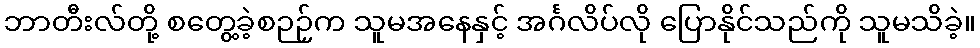
ဘာတီးလ်တို့ စတွေ့ခဲ့စဉဉ်က သူမအနေနှင့် အင်္ဂလိပ်လို ပြောနိုင်သည်ကို သူမသိခဲ့။